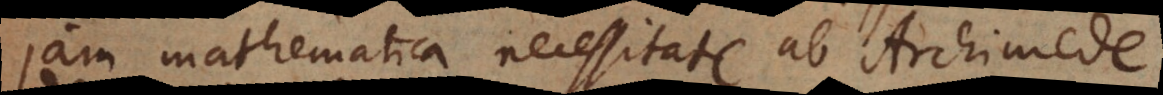
jam mathematica necessitate ab Archimede